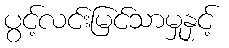
ပွင့်လင်းမြင်သာမှုနှင့်